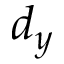
d _ { y }